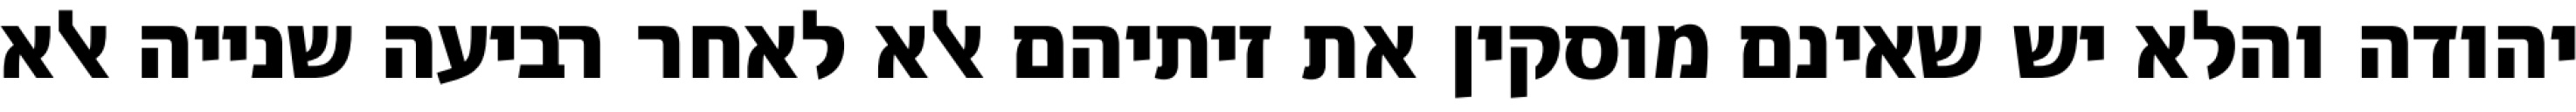
יהודה והלא יש שאינם מוסקין את זיתיהם אלא לאחר רביעה שנייה אלא